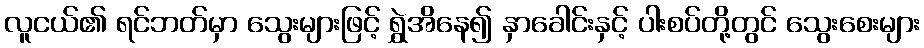
လူငယ်၏ ရင်ဘတ်မှာ သွေးများဖြင့် ရွှဲအိနေ၍ နှာခေါင်းနှင့် ပါးစပ်တို့တွင် သွေးစေးများ